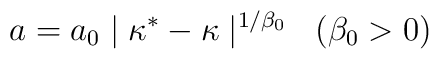
a = a_0 \mid \kappa^* - \kappa \mid^{1/\beta_0} \; \; (\beta_0 > 0)